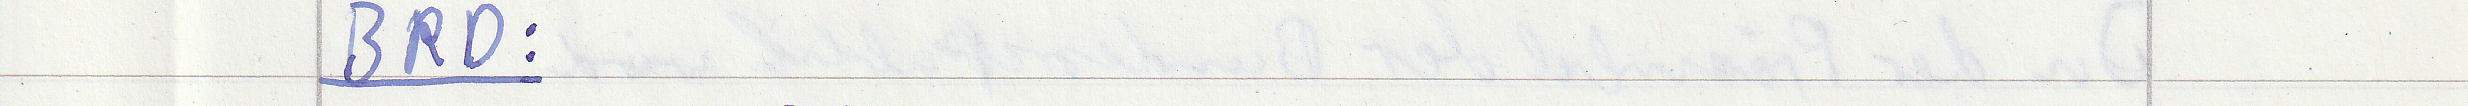
BRD: